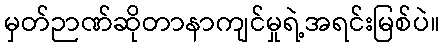
မှတ်ဉာဏ်ဆိုတာနာကျင်မှုရဲ့အရင်းမြစ်ပဲ။